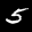
Label: 5